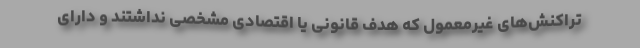
تراکنش‌های غیرمعمول که هدف قانونی یا اقتصادی مشخصی نداشتند و دارای